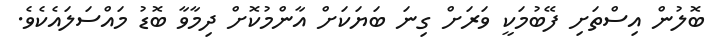
ބޮލުން އިސްތަށި ފޭބުމަކީ ވަރަށް ގިނަ ބަޔަކަށް އާންމުކޮށް ދިމާވާ ބޮޑު މައްސަލައެކެވެ.